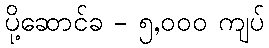
ပို့ဆောင်ခ - ၅,၀၀၀ ကျပ်